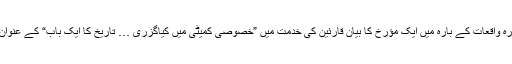
دریں اثنا مذکورہ واقعات کے بارہ میں ایک مؤرخ کا بیان قارئین کی خدمت میں ”خصوصی کمیٹی میں کیاگزری … تاریخ کا ایک باب“ کے عنوان سے پیش ہے۔